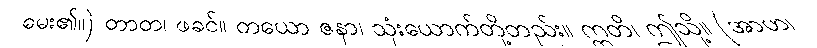
မေး၏။) တာတ၊ ဖခင်။ တယော ဇနာ၊ သုံးယောက်တို့တည်း။ ဣတိ၊ ဤသို့။ (အာဟ၊